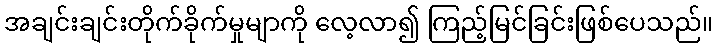
အချင်းချင်းတိုက်ခိုက်မှုမျာကို လေ့လာ၍ ကြည့်မြင်ခြင်းဖြစ်ပေသည်။